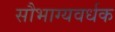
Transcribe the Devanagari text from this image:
सौभाग्यवर्धक